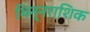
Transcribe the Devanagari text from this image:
भिन्नराशिक